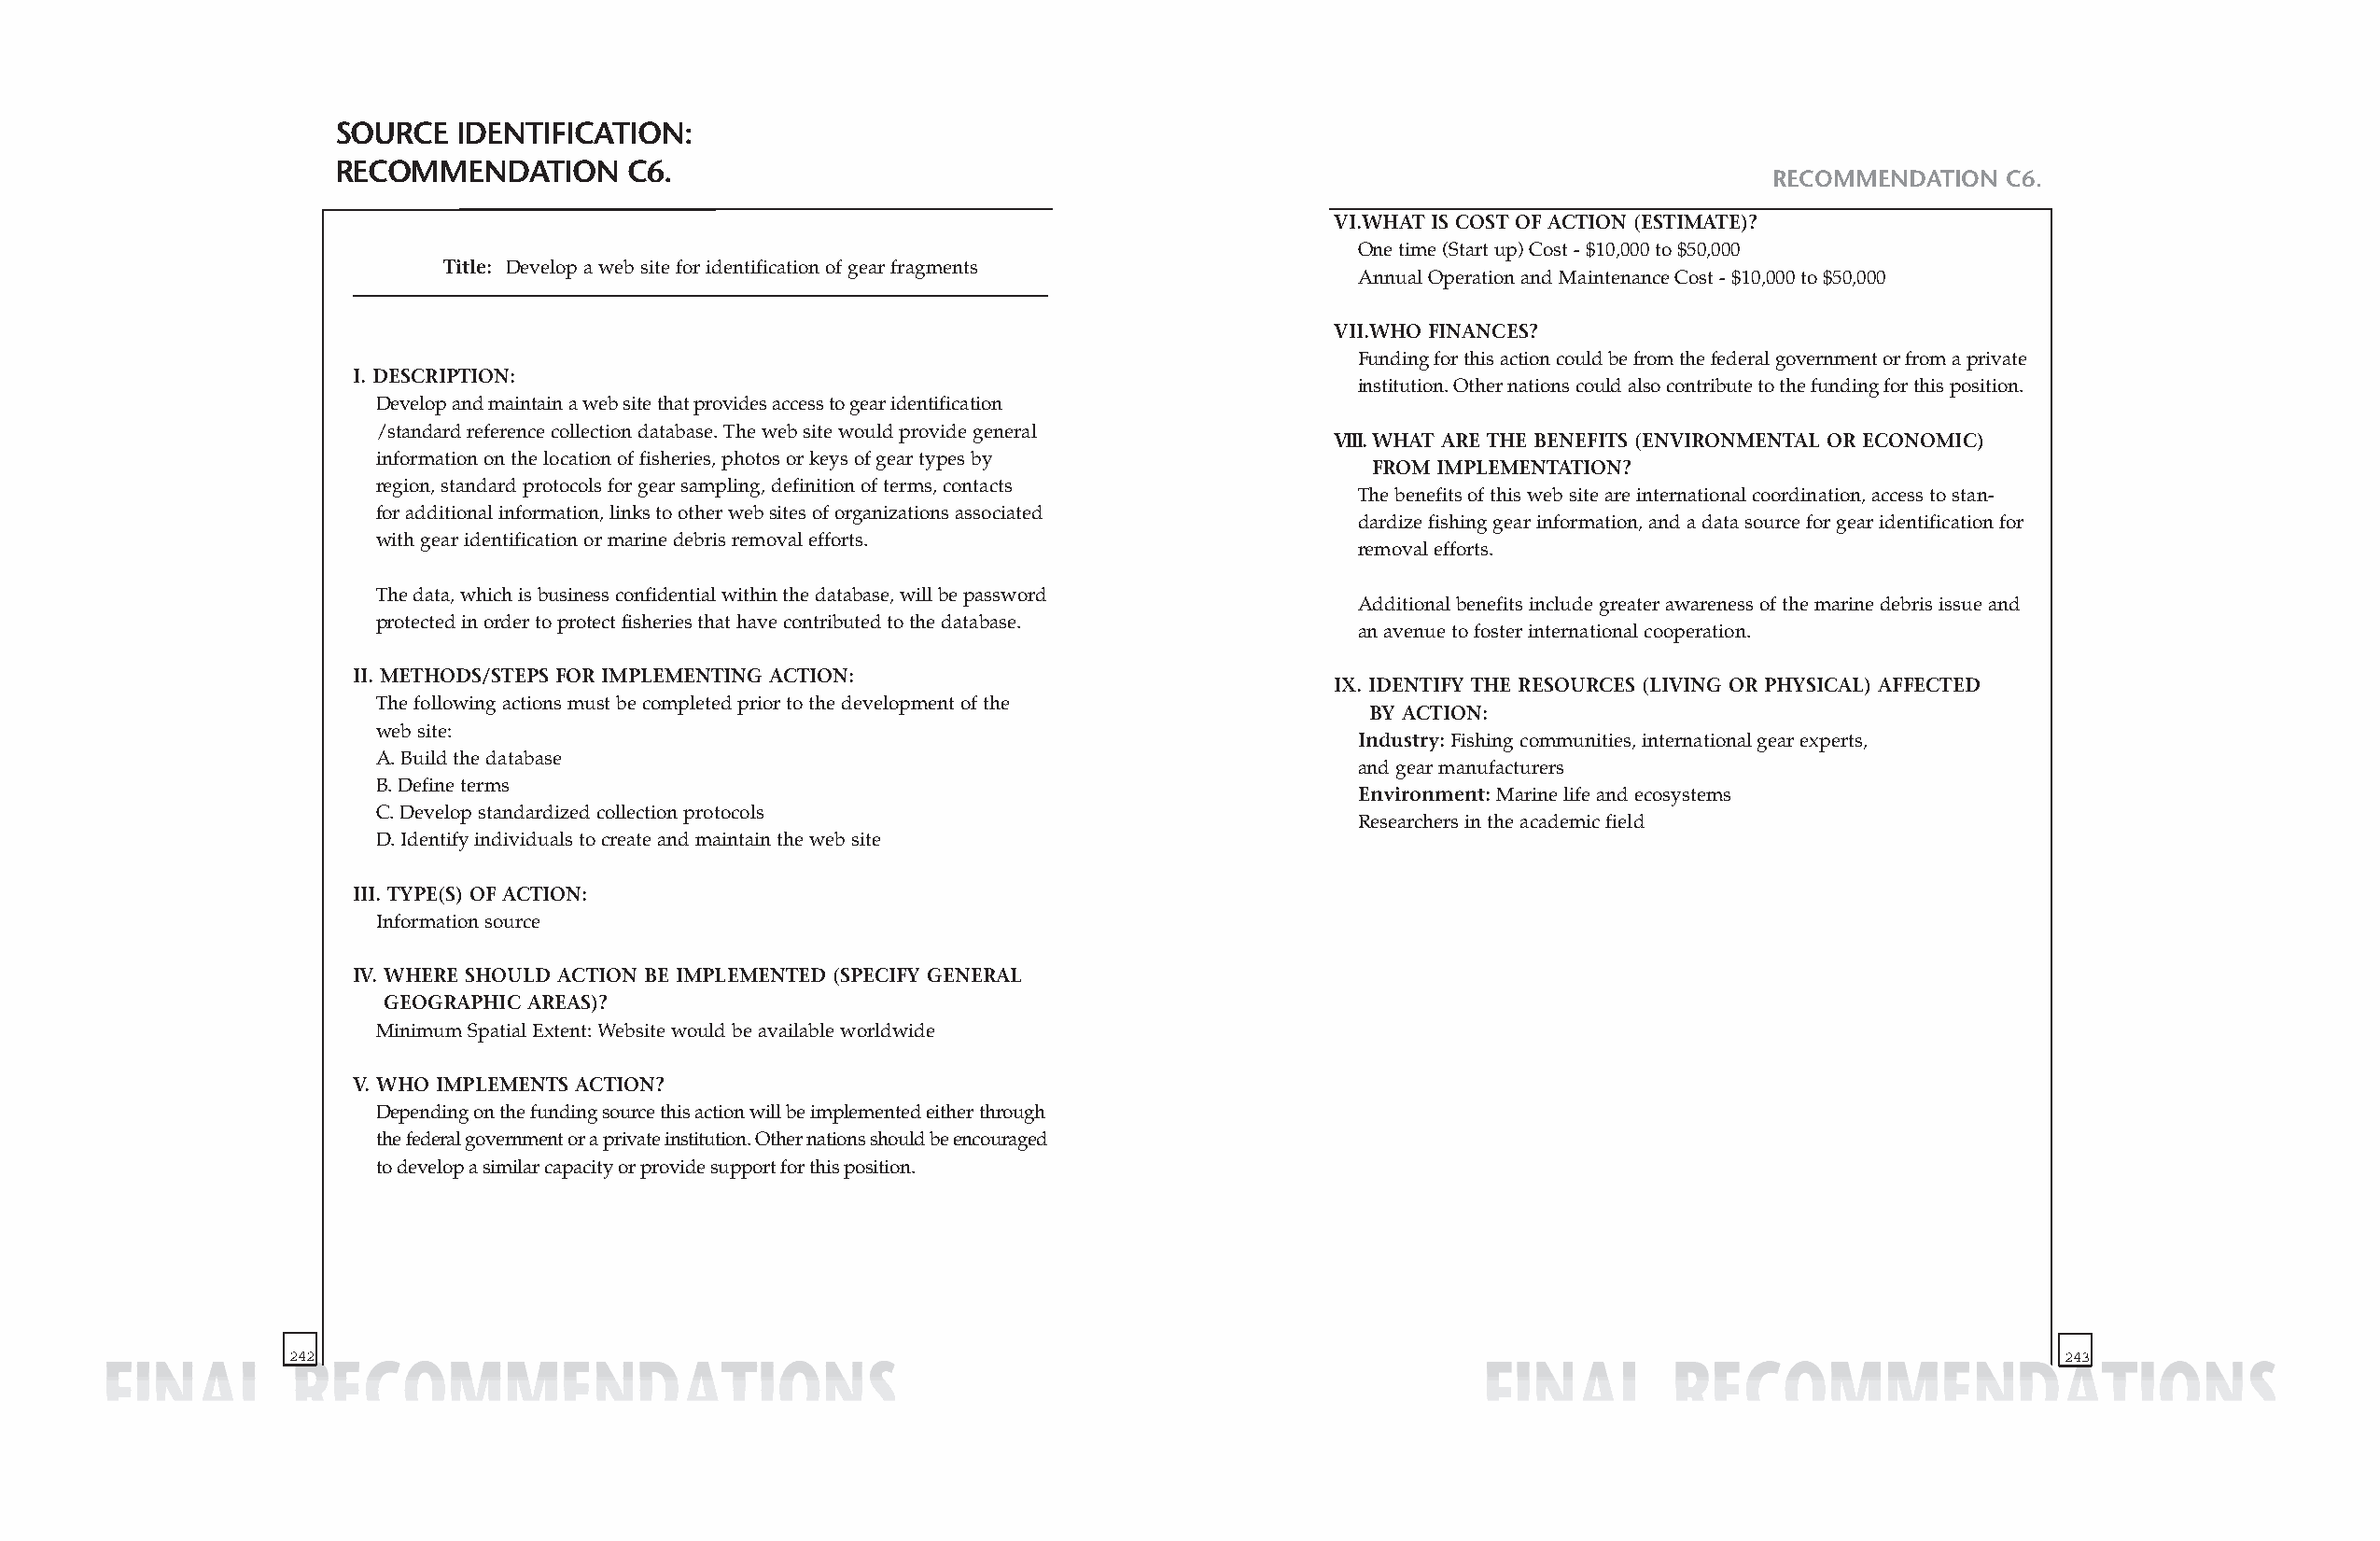
SOURCE  IDENTIFICATION:
 RECOMMENDATION       C6.
 RECOMMENDATION  C6.
 VI.WHAT IS COST OF ACTION (ESTIMATE)?
 One time (Start up) Cost - $10,000 to $50,000
 Title: Develop a web site for identification of gear fragments
 Annual Operation and Maintenance Cost - $10,000 to $50,000
 VII.WHO FINANCES?
 Funding for this action could be from the federal government or from a private
 I. DESCRIPTION:
 institution. Other nations could also contribute to the funding for this position.
 Develop and maintain a web site that provides access to gear identification
 /standardreference collection database. The web site would provide general
 VIII.WHAT ARE THE BENEFITS (ENVIRONMENTAL OR ECONOMIC)
 information on the location of fisheries, photos or keys of gear types by
 FROM IMPLEMENTATION?
 region, standard protocols for gear sampling, definition of terms, contacts
 The benefits of this web site are international coordination, access to stan-
 for additional information, links to other web sites of organizations associated
 dardize fishing gear information, and a data source for gear identification for
 with gear identification or marine debris removal efforts.
 removal efforts.
 The data, which is business confidential within the database, will be password
 Additional benefits include greater awareness of the marine debris issue and
 protected in order to protect fisheries that have contributed to the database.
 an avenue to foster international cooperation.
 II. METHODS/STEPS FOR IMPLEMENTING ACTION:
 IX. IDENTIFY THE RESOURCES (LIVING OR PHYSICAL) AFFECTED
 The following actions must be completed prior to the development of the
 BY ACTION:
 web site:
 Industry:Fishing communities, international gear experts,
 A. Build the database
 and gear manufacturers
 B. Define terms
 Environment:Marine life and ecosystems
 C. Develop standardized collection protocols
 Researchers in the academic field
 D. Identify individuals to create and maintain the web site
 III. TYPE(S) OF ACTION:
 Information source
 IV. WHERE SHOULD ACTION BE IMPLEMENTED (SPECIFY GENERAL
 GEOGRAPHIC AREAS)?
 Minimum Spatial Extent: Website would be available worldwide
 V. WHO IMPLEMENTS ACTION?
 Depending on the funding source this action will be implemented either through
 the federal government or a private institution. Other nations should be encouraged
 to develop a similar capacity or provide support for this position.
 242                                                                                                                          243